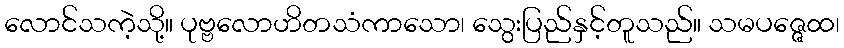
လောင်သကဲ့သို့။ ပုဗ္ဗလောဟိတသံကာသော၊ သွေးပြည်နှင့်တူသည်။ သမပဇ္ဇေထ၊